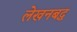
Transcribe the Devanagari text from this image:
लेखनबद्ध